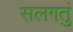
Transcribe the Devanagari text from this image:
सलगतुं